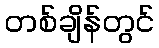
တစ်ချိန်တွင်